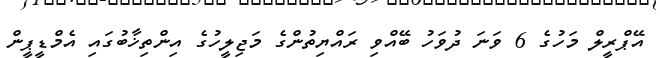
އޭޕްރީލް މަހުގެ 6 ވަނަ ދުވަހު ބޭއްވި ރައްޔިތުންގެ މަޖިލީހުގެ އިންތިޚާބުގައި އެމްޑީޕީން